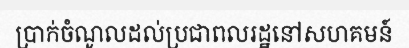
ប្រាក់ចំណូលដល់ប្រជាពលរដ្ឋនៅសហគមន៍